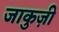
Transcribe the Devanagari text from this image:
जाकुज़ी